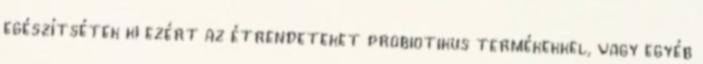
egészítsétek ki ezért az étrendeteket probiotikus termékekkel, vagy egyéb